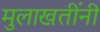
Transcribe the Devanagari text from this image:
मुलाखतींनी